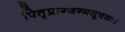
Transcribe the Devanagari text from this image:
पितृप्राग्जन्मसूचकः।